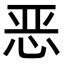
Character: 恶